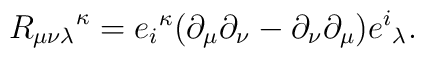
{R_{\mu\nu\lambda}}^\kappa = {e_i}^\kappa(\partial_\mu \partial_\nu - \partial_\nu \partial_\mu) {e^i}_\lambda.